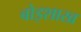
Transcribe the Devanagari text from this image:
बोइशाख